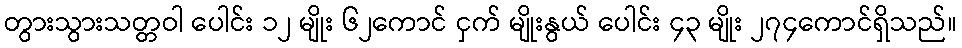
တွားသွားသတ္တဝါ ပေါင်း ၁၂ မျိုး ၆၂ကောင် ငှက် မျိုးနွယ် ပေါင်း ၄၃ မျိုး ၂၇၄ကောင်ရှိသည်။